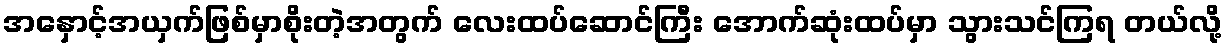
အနှောင့်အယှက်ဖြစ်မှာစိုးတဲ့အတွက် လေးထပ်ဆောင်ကြီး အောက်ဆုံးထပ်မှာ သွားသင်ကြရ တယ်လို့